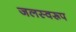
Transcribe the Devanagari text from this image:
जलस्वरूप